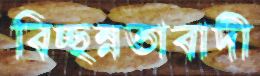
বিচ্ছন্নতাবাদী